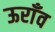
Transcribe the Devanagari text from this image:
ऊराँव